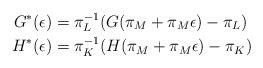
LaTeX: \begin{align*}G^*(\epsilon)&=\pi_L^{-1}(G(\pi_M+\pi_M\epsilon)-\pi_L) \\H^*(\epsilon)&=\pi_K^{-1}(H(\pi_M+\pi_M\epsilon)-\pi_K)\end{align*}